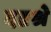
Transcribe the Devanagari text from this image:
ददृश्रे